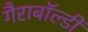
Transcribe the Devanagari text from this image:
गैराबॉल्डी